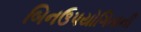
બિનઉપયોગિતાની